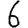
Digit: 6